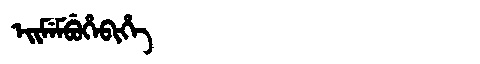
Manchu: ᡝᡳᠮᡝᠮᠪᡠᡥᡝᠪᡳᡥᡝ
Romanization: EIMEMBUHEBIHE